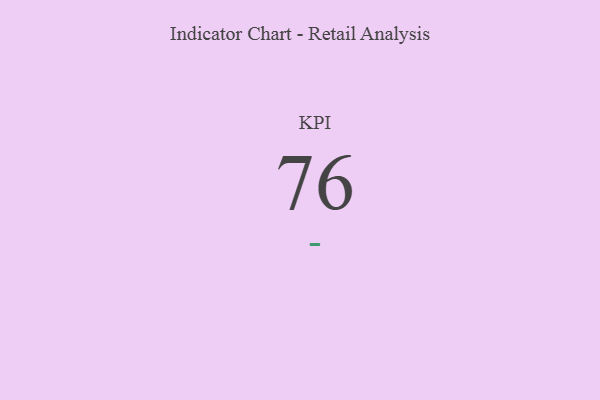
{"axis": {"x": "KPI", "y": "Value"}, "legend": [""], "data": [{"x": "KPI", "y": 76, "type": ""}]}